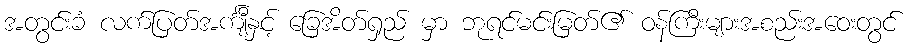
အတွင်းခံ လက်ပြတ်အင်္ကျီနှင့် ခြေအိတ်ရှည် မှာ ဘုရင်မင်းမြတ်၏ ဝန်ကြီးများအစည်းအဝေးတွင်